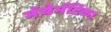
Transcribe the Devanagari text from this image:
मॅथेमॅटिका